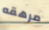
مرهقه